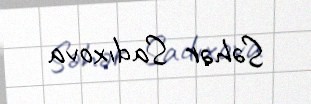
Səhər Sadıxova